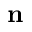
\mathbf { n }